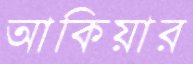
আকিয়ার